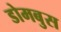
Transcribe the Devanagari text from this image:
डोमबुस